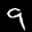
Label: 9